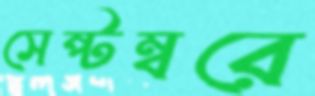
সেপ্টম্বরে